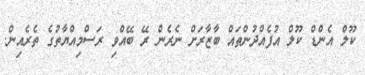
ކޫލް އެންޑް ކޫލް އުފެއްދުންތައް ބާޒާރަށް ނެރެން ރޭ ބޭއްވި ރަސްމިއްޔާތުގެ ތެރެއިން.